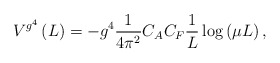
\begin{align*}V^{g^4 } \left( L \right) = -g^4 \frac{1}{{4\pi ^2 }} C_A C_F\frac{1}{L}\log \left( {\mu L} \right), \end{align*}